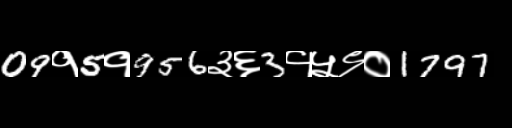
Text: 09१5१956३६3१५९०1797